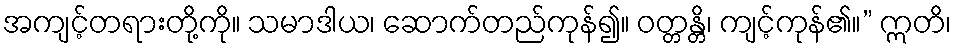
အကျင့်တရားတို့ကို။ သမာဒါယ၊ ဆောက်တည်ကုန်၍။ ဝတ္တန္တိ၊ ကျင့်ကုန်၏။” ဣတိ၊